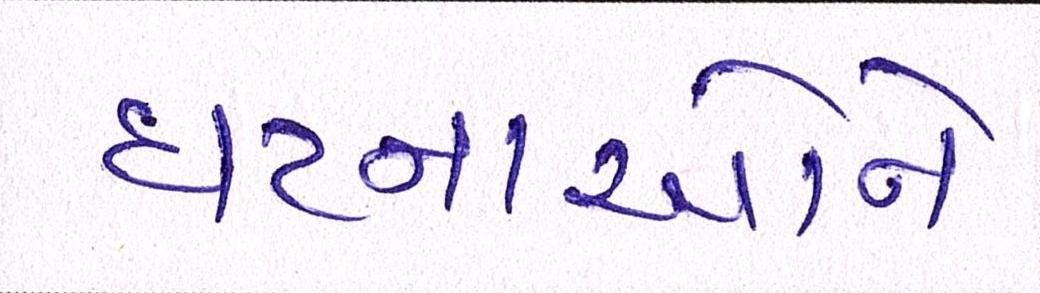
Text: ઘટનાઓને